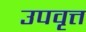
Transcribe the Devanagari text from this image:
उपवृत्त